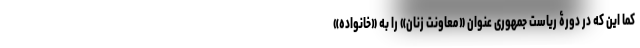
کما این که در دورۀ ریاست جمهوری عنوان «معاونت زنان» را به «خانواده»